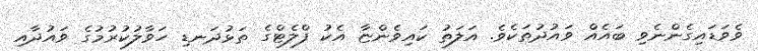
ވެވަޑައިގެންނެވި ބައެއް ވައުދުތަކެވެ. އަލަތު ކައިވެންޏާ އެކު ފްލެޓްގެ ތަޅުދަނޑި ހަވާލުކުރުމުގެ ވައުދާއި